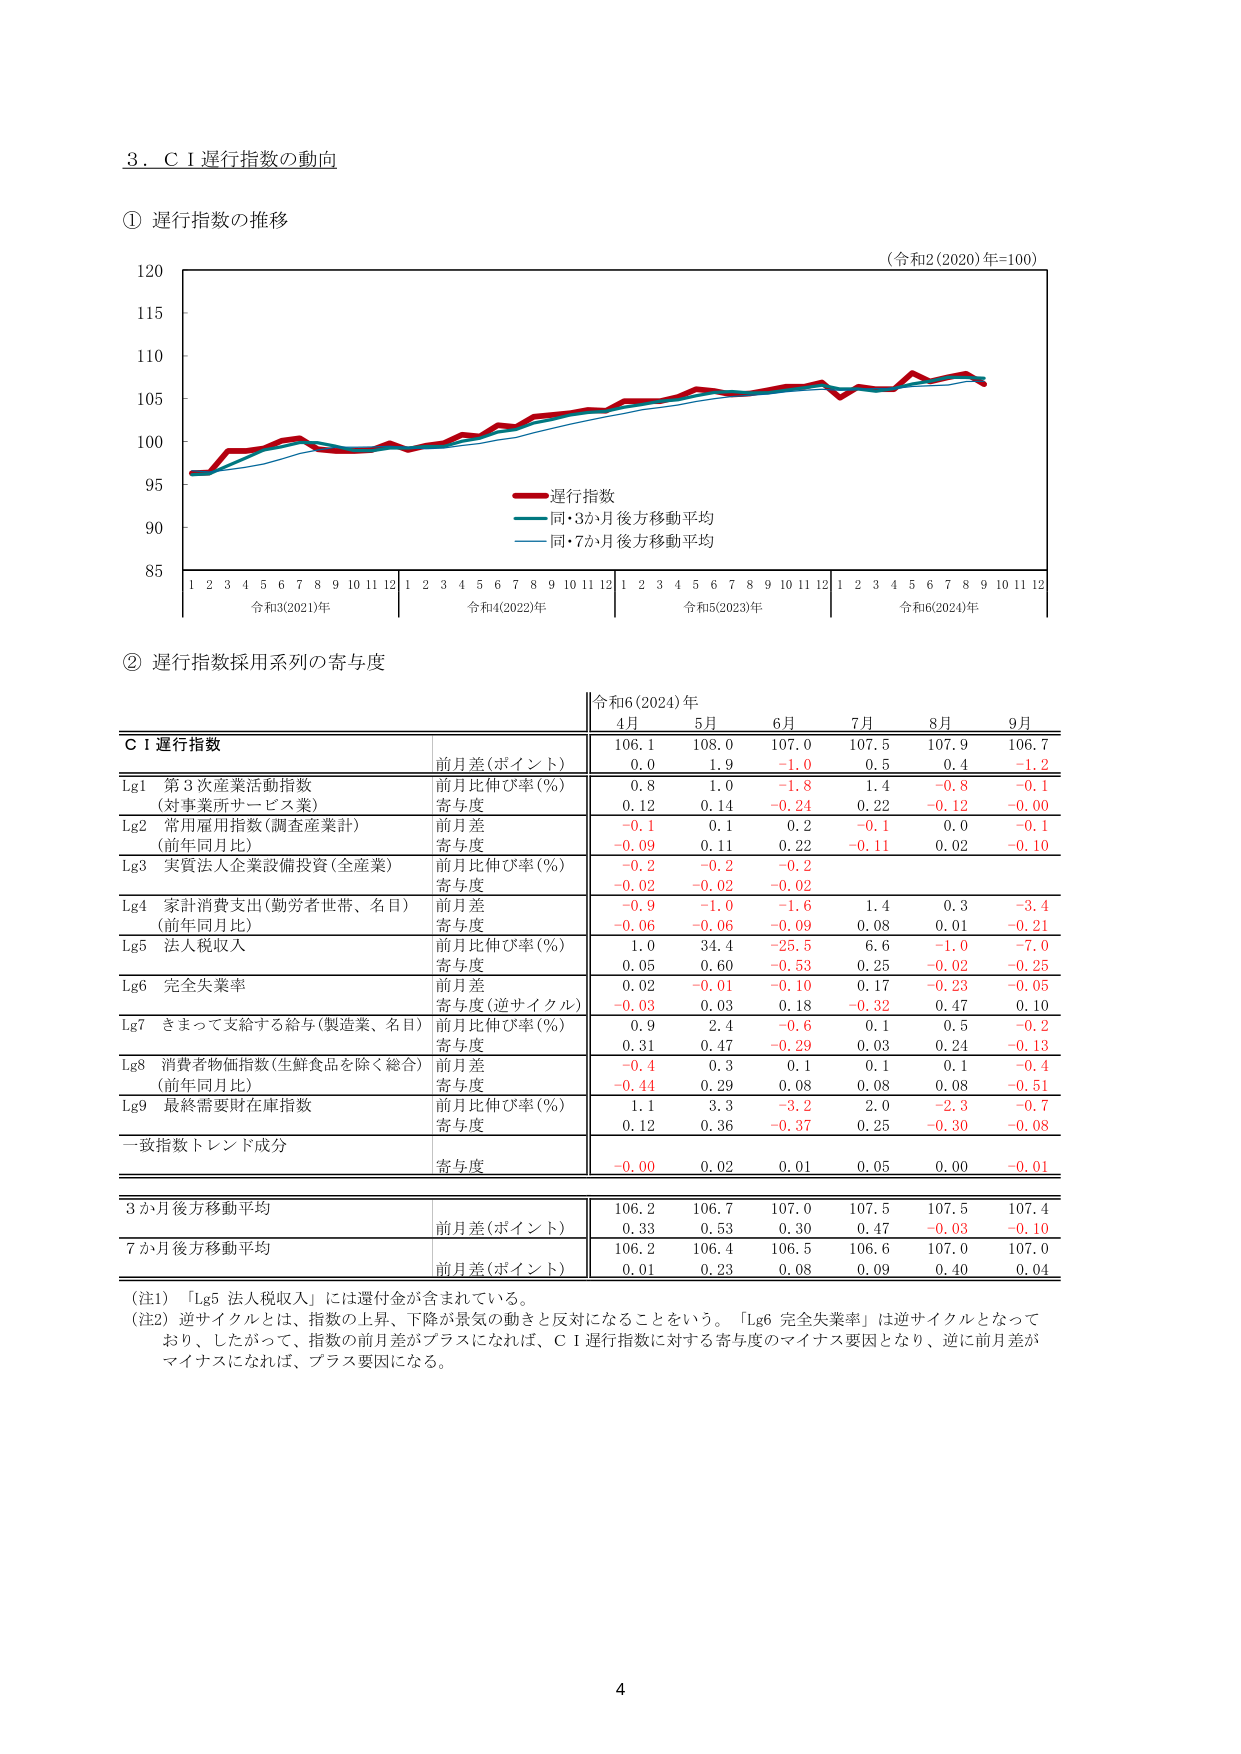
3．ＣＩ運行指数の動向

① 運行指数の推移

（令和2(2020)年=100）

120
115
110
105
100
95
90
85

1 2 3 4 5 6 7 8 9 10 11 12 1 2 3 4 5 6 7 8 9 10 11 12 1 2 3 4 5 6 7 8 9 10 11 12 1 2 3 4 5 6 7 8 9 10 11 12
令和3(2021)年 令和4(2022)年 令和5(2023)年 令和6(2024)年

運行指数
同・3か月後方移動平均
同・7か月後方移動平均

② 運行指数採用系列の寄与度

令和6(2024)年
4月 5月 6月 7月 8月 9月

ＣＩ運行指数
前月差(ポイント)
106.1 108.0 107.0 107.5 107.9 106.7
0.0 1.9 -1.0 0.5 0.4 -1.2

Lg1 第3次産業活動指数
(対事業所サービス業)
前月比伸び率(%)
0.8 1.0 -1.8 1.4 -0.8 -0.1
寄与度
0.12 0.14 -0.24 0.22 -0.12 -0.00

Lg2 常用雇用指数(調査産業計)
(前年同月比)
前月差
-0.1 0.1 0.2 -0.1 0.0 -0.1
寄与度
-0.09 0.11 0.22 -0.11 0.02 -0.10

Lg3 実質法人企業設備投資(全産業)
前月比伸び率(%)
-0.2 -0.2 -0.2
寄与度
-0.02 -0.02 -0.02

Lg4 家計消費支出(勤労者世帯、名目)
(前年同月比)
前月差
-0.9 -1.0 -1.6 1.4 0.3 -3.4
寄与度
-0.06 -0.06 -0.09 0.08 0.01 -0.21

Lg5 法人税収入
前月比伸び率(%)
1.0 34.4 -25.5 6.6 -1.0 -7.0
寄与度
0.05 0.60 -0.53 0.25 -0.02 -0.25

Lg6 完全失業率
前月差
0.02 -0.01 -0.10 0.17 -0.23 -0.05
寄与度(逆サイクル)
-0.03 0.03 0.18 -0.32 0.47 0.10

Lg7 きまって支給する給与(製造業、名目)
前月比伸び率(%)
0.9 2.4 -0.6 0.1 0.5 -0.2
寄与度
0.31 0.47 -0.29 0.03 0.24 -0.13

Lg8 消費者物価指数(生鮮食品を除く総合)
(前年同月比)
前月差
-0.4 0.3 0.1 0.1 0.1 -0.4
寄与度
-0.44 0.29 0.08 0.08 0.08 -0.51

Lg9 最終需要財在庫指数
前月比伸び率(%)
1.1 3.3 -3.2 2.0 -2.3 -0.7
寄与度
0.12 0.36 -0.37 0.25 -0.30 -0.08

一致指数トレンド成分
寄与度
-0.00 0.02 0.01 0.05 0.00 -0.01

3か月後方移動平均
前月差(ポイント)
106.2 106.7 107.0 107.5 107.5 107.4
0.33 0.53 0.30 0.47 -0.03 -0.10

7か月後方移動平均
前月差(ポイント)
106.2 106.4 106.5 106.6 107.0 107.0
0.01 0.23 0.08 0.09 0.40 0.04

（注1）「Lg5 法人税収入」には還付金が含まれている。
（注2）逆サイクルとは、指数の上昇、下降が景気の動きと反対になることをいう。「Lg6 完全失業率」は逆サイクルとなっており、したがって、指数の前月差がプラスになれば、ＣＩ運行指数に対する寄与度のマイナス要因となり、逆に前月差がマイナスになれば、プラス要因になる。

4